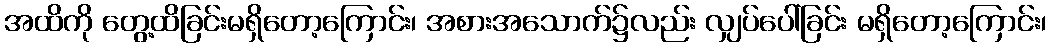
အထိကို တွေ့ထိခြင်းမရှိတော့ကြောင်း၊ အစားအသောက်၌လည်း လျှပ်ပေါ်ခြင်း မရှိတော့ကြောင်း၊